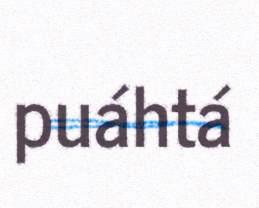
puáhtá